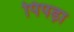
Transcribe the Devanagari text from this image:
पिपड़ा